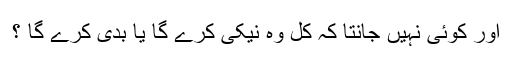
اور کوئی نہیں جانتا کہ کل وہ نیکی کرے گا یا بدی کرے گا ؟